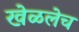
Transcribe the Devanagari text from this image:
खेळलेच